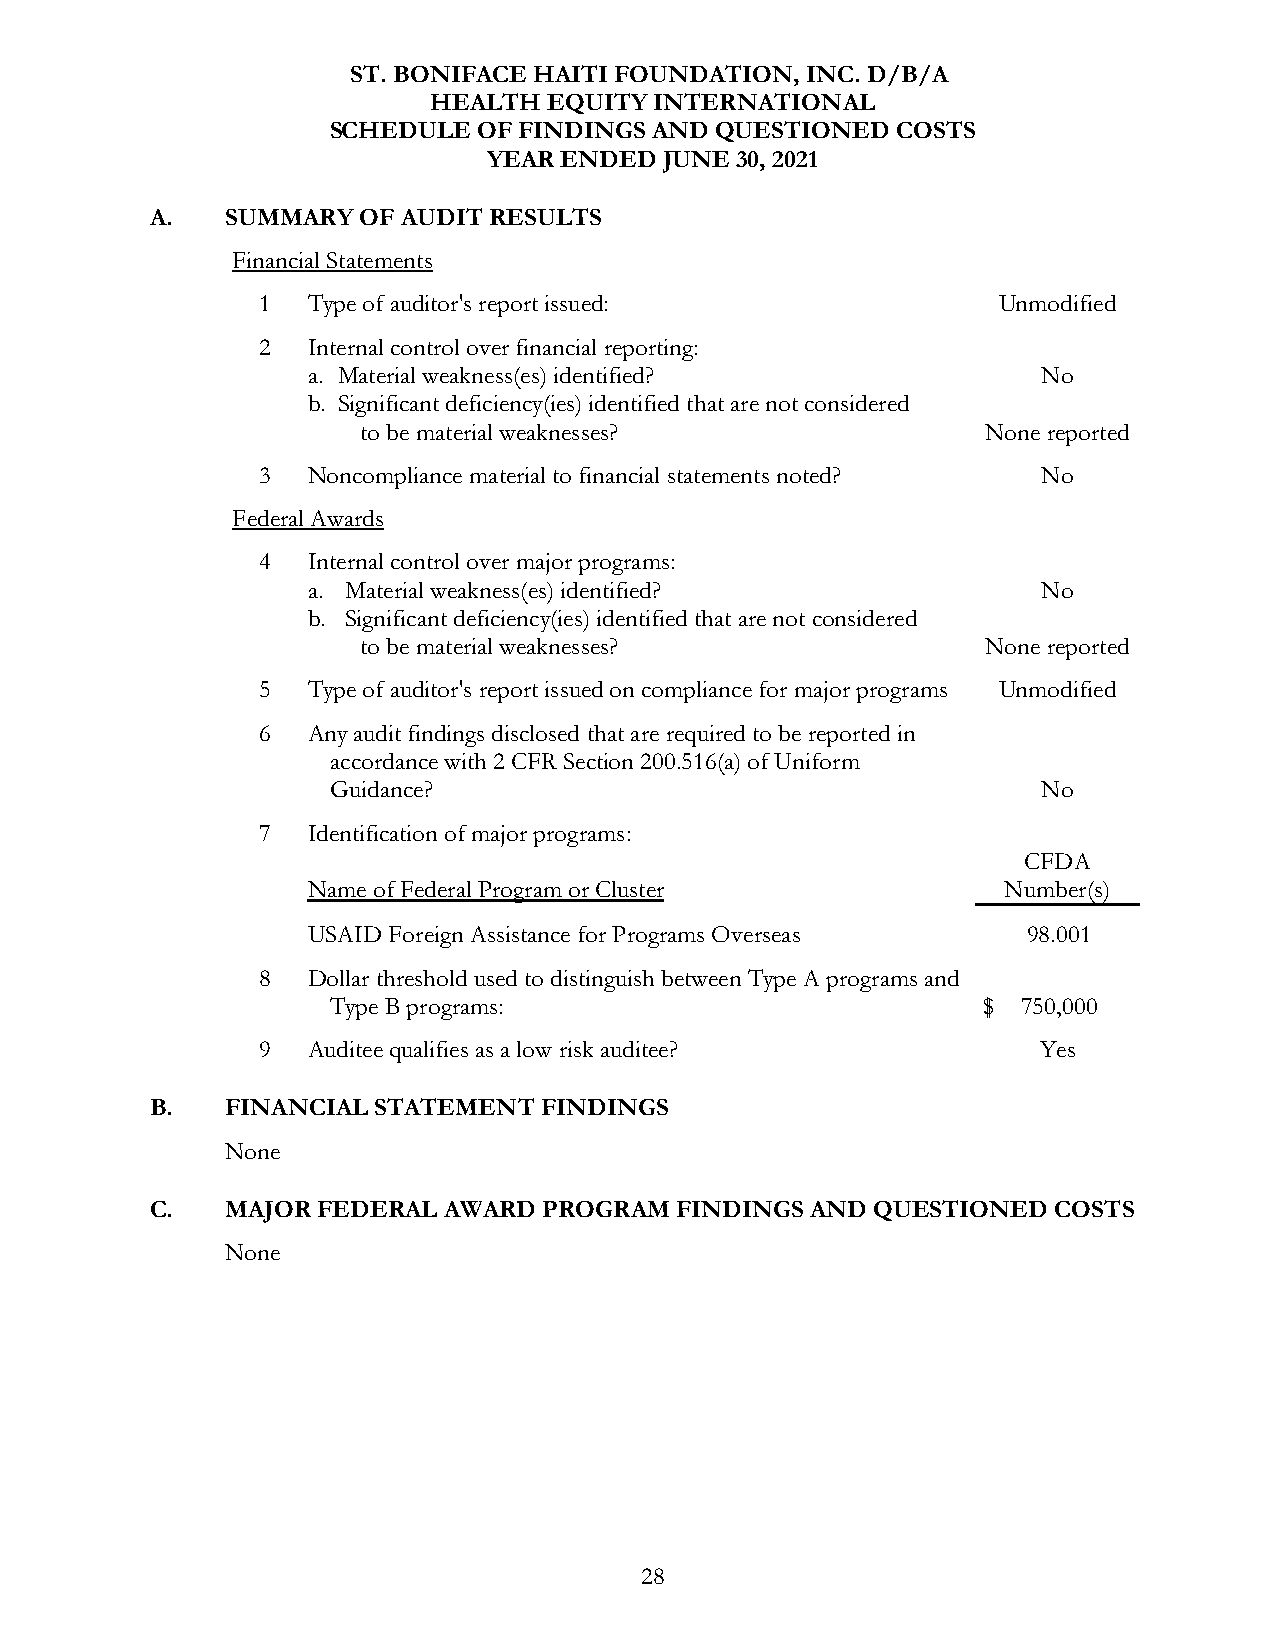
ST. BONIFACE HAITI FOUNDATION, INC. D/B/A
 HEALTH  EQUITY INTERNATIONAL
 SCHEDULE  OF FINDINGS AND QUESTIONED COSTS
 YEAR ENDED  JUNE 30, 2021
 A.   SUMMARY  OF AUDIT RESULTS
 Financial Statements
 1  Type of auditor's report issued:              Unmodified
 2  Internal control over financial reporting:
 a. Material weakness(es) identified?             No
 b. Significant deficiency(ies) identified that are not considered
 to be material weaknesses?               None reported
 3  Noncompliance material to financial statements noted? No
 Federal Awards
 4  Internal control over major programs:
 a. Material weakness(es) identified?             No
 b. Significant deficiency(ies) identified that are not considered
 to be material weaknesses?               None reported
 5  Type of auditor's report issued on compliance for major programs Unmodified
 6  Any audit findings disclosed that are required to be reported in
 accordance with 2 CFR Section 200.516(a) of Uniform
 Guidance?                                      No
 7  Identification of major programs:
 CFDA
 Name of Federal Program or Cluster             Number(s)
 USAID Foreign Assistance for Programs Overseas  98.001
 8  Dollar threshold used to distinguish between Type A programs and
 Type B programs:                           $  750,000
 9  Auditee qualifies as a low risk auditee?         Yes
 B.   FINANCIAL STATEMENT  FINDINGS
 None
 C.   MAJOR FEDERAL AWARD  PROGRAM  FINDINGS AND QUESTIONED  COSTS
 None
 28